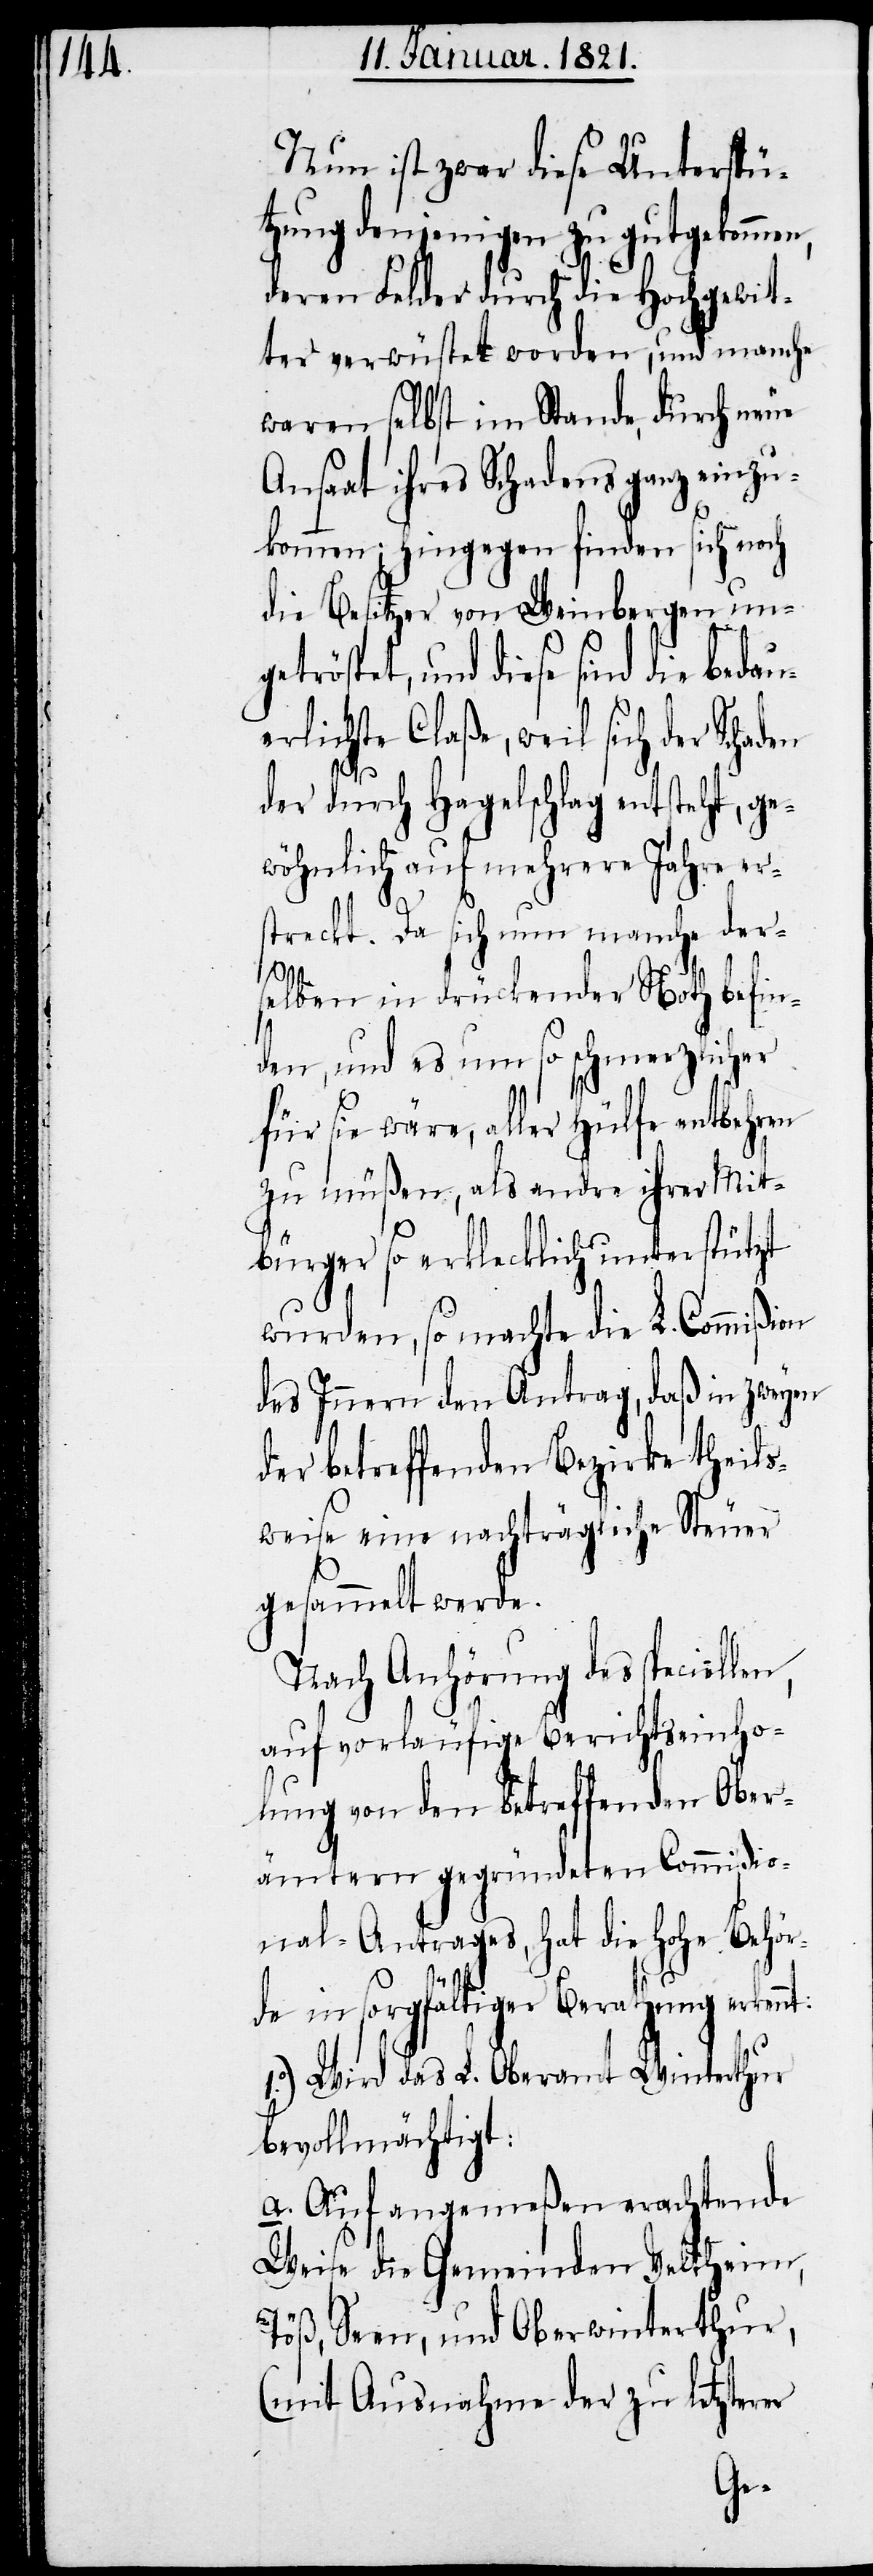
Nun ist zwar diese Unterstü¬
tzung denjenigen zu gutgekom¬
deren Felder durch die Hochgewit¬
ter verwüstet worden, und manche
waren selbst im Stande, durch neue
Ansaat ihres Schadens ganz einzu¬
kommen; hingegen finden sich noch
die Besitzer von Weinbergen un¬
getröstet, und diese sind die bedau¬
erlichste Claße, weil sich der
der durch Hagelschlag entsteht, ge¬
wöhnlich auf mehrere Jahre er¬
streckt. Da sich nun manche ders¬
elben in drückender Noth befin¬
den, und es um so schmerzlicher
für sie wäre, aller Hülfe entbehren
zu müßen, als andre ihrer Mit¬
bürger so erklecklich unterstützt
wurden, so machte die L. Commißion
des Innern den Antrag, daß in zweyen
der betreffenden Bezirke theils¬
weise eine nachträgliche Steuer
gesammelt werde.
Nach Anhörung des speciellen,
auf vorläufige Berichtseinho¬
lung von den betreffenden Ober¬
ämtern gegründeten Commißio¬
nal-Antrages, hat die hohe Behör¬
de in sorgfältiger Berathung erkennt:
1.) Wird das L. Oberamt Winterthur
bevollmächtigt:
a. Auf angemeßen erachtende
Weise die Gemeinden Veltheim,
Töß, Seen, und Oberwinterthur,
(mit Ausnahme der zu letzterer
men,